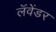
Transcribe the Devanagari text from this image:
लॅवेंडर